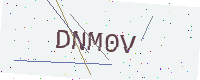
Text: DNM0V